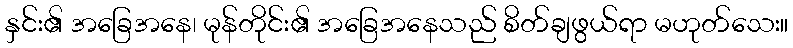
နှင်း၏ အခြေအနေ၊ မုန်တိုင်း၏ အခြေအနေသည် စိတ်ချဖွယ်ရာ မဟုတ်သေး။